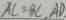
A C = B C , A D